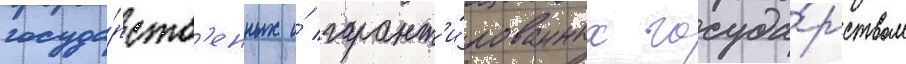
госуда́рств'енных и́ гарант'и́рованных госуда́рством